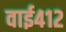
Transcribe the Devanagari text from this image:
वाई४१२